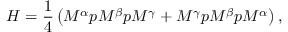
H = \frac { 1 } { 4 } \left( M ^ { \alpha } p M ^ { \beta } p M ^ { \gamma } + M ^ { \gamma } p M ^ { \beta } p M ^ { \alpha } \right) ,